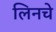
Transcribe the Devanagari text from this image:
लिनचे